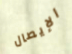
الإيصال